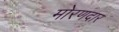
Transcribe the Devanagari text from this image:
मोरणदार